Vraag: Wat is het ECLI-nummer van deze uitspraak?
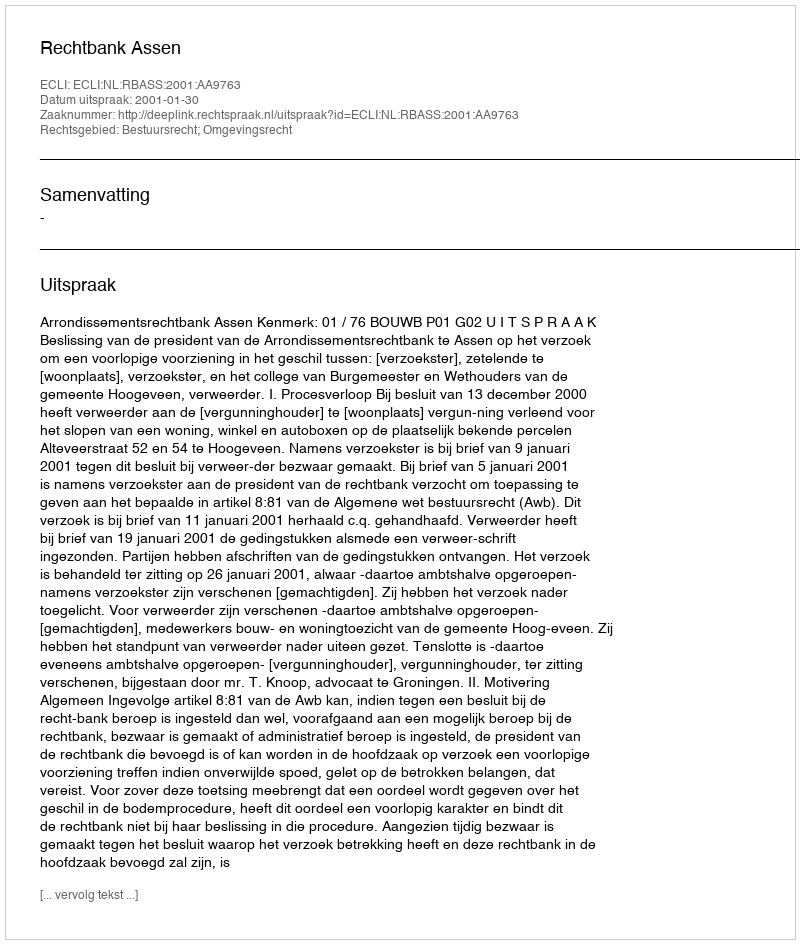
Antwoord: ECLI:NL:RBASS:2001:AA9763